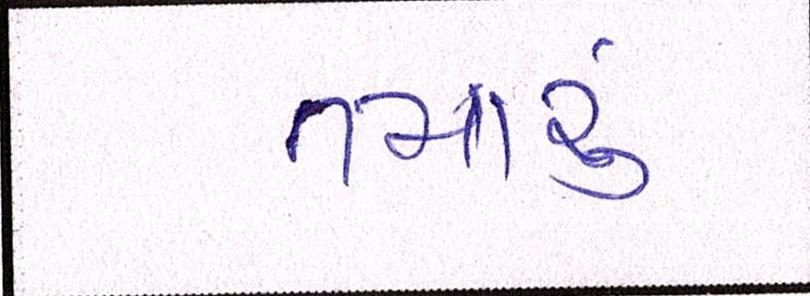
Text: તમારું